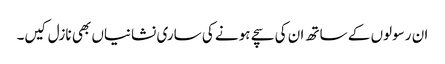
ان رسولوں کے ساتھ ان کی سچے ہونے کی ساری نشانیاں بھی نازل کیں۔